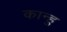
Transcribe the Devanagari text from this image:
कान्हु